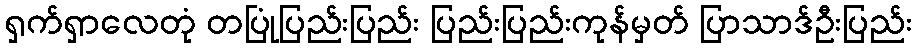
ရှက်ရှာလေတုံ တပြုံပြည်းပြည်း ပြည်းပြည်းကုန်မှတ် ပြာသာဒ်ဦးပြည်း